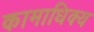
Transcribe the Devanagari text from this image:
कामाधिक्य